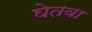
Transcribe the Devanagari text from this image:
घेतवा